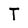
Character: T